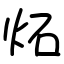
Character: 炻